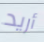
أريد